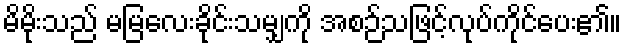
မိမိုးသည် မမြလေးခိုင်းသမျှကို အစဉ်သဖြင့်လုပ်ကိုင်ပေး၏။